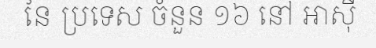
នៃ ប្រទេស ចំនួន ១៦ នៅ អាស៊ី